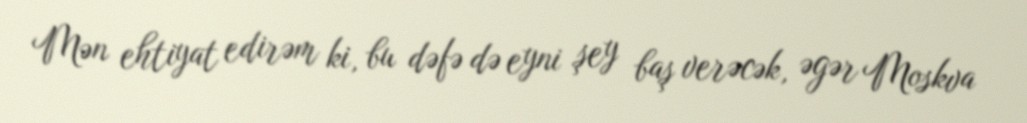
Mən ehtiyat edirəm ki, bu dəfə də eyni şey baş verəcək, əgər Moskva